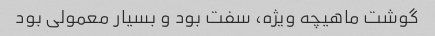
گوشت ماهیچه ویژه، سفت بود و بسیار معمولی بود